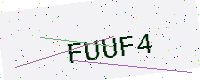
Text: FUUF4